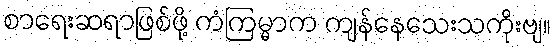
စာရေးဆရာဖြစ်ဖို့ ကံကြမ္မာက ကျန်နေသေးသကိုးဗျ။